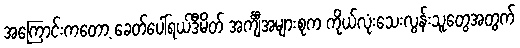
အကြောင်းကတော့ ခေတ်ပေါ်ရယ်ဒီမိတ် အင်္ကျီအများစုက ကိုယ်လုံးသေးလွန်းသူတွေအတွက်